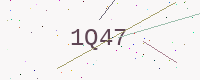
Text: 1Q47